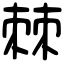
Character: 棘